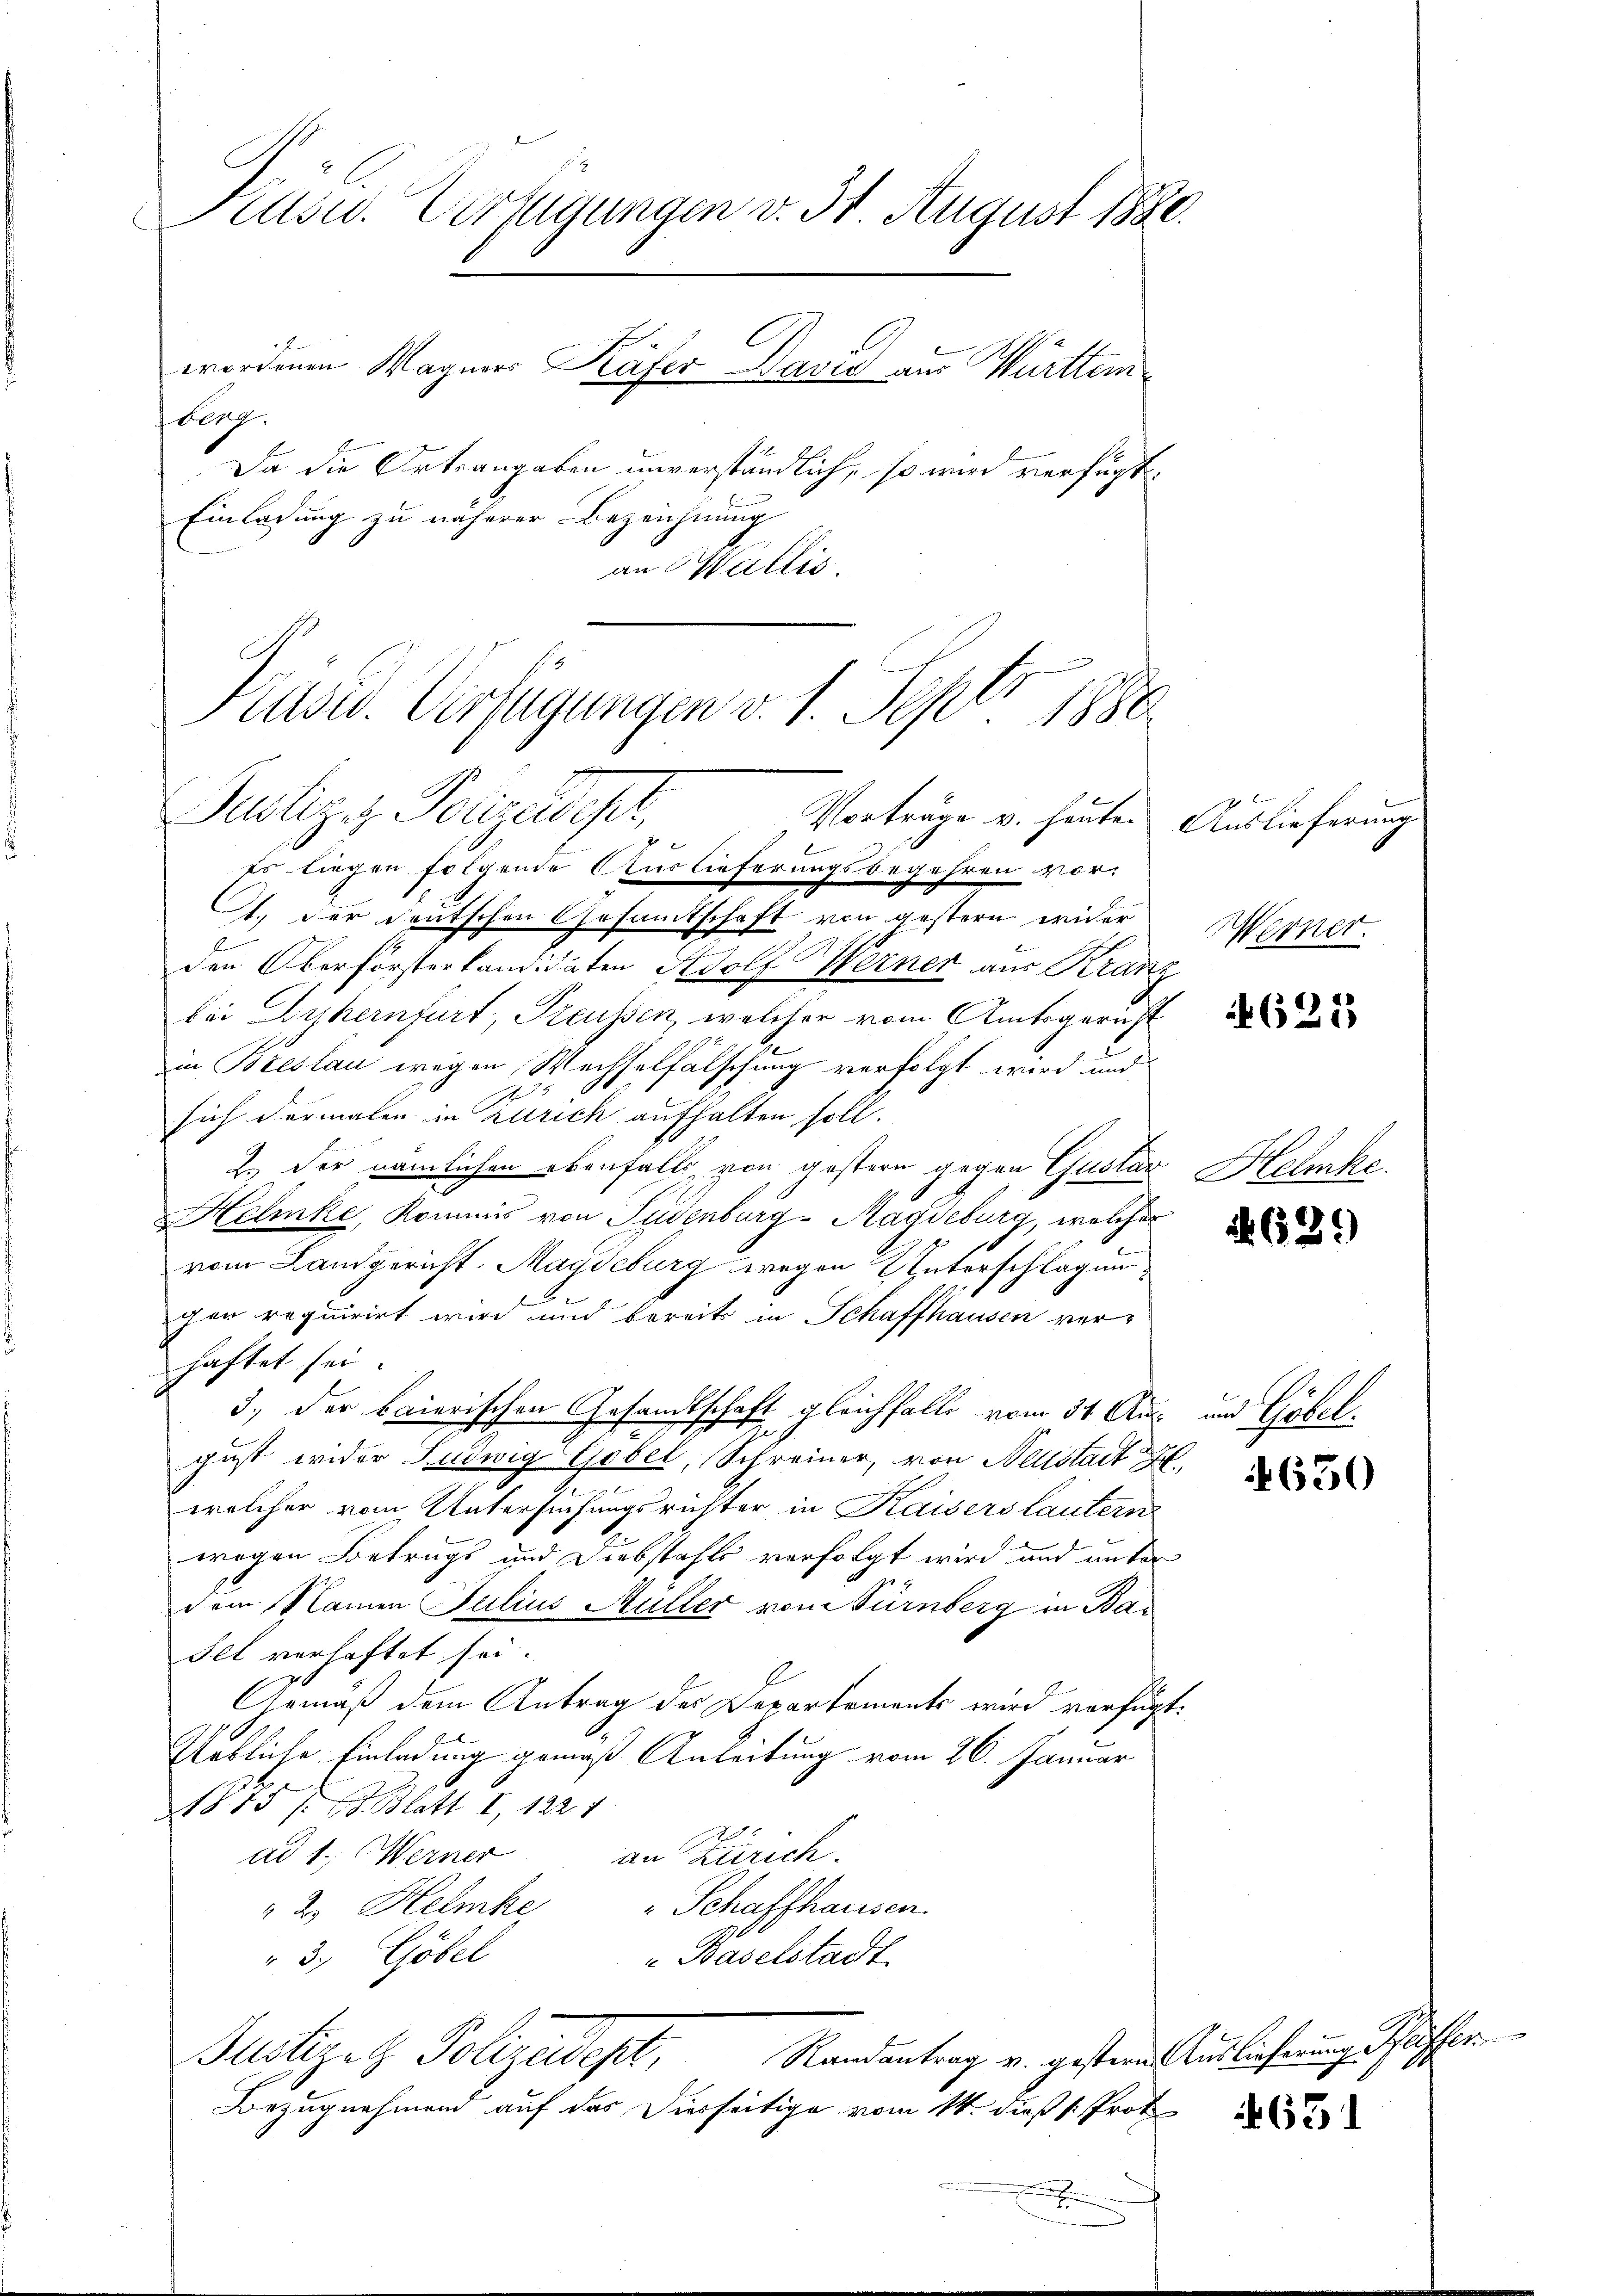
l
Kasu. Verfügungen v. 31 August 1880.
worden Wagners Käfer David aus Württembl19.
Da die Ortsangaben unverständlich, so wird verfügt:
Einladung zu näherer Bezeichnung

an Wallis

Pusw. Verfügungen v. 1. Sept. 1880
Publizis Polizeidest,
Vorträge v. heute.

Es liegen folgende Auslieferungsbegehren vor-
1.) Der deutschen Gesamtschaft von gestern wider
den Oberförsterkandidaten Adolf Werner aus Kranz
bei Dykernfurt, Preussen, welcher vom Amtsgericht
in Breslau wegen Wechselfälschung verfolgt wird und
A 3
sich dermalen in Zürich aufhalten soll.
2.) Der nämlichen ebenfalls von gestern gegen Gustav Helmke¬
Helmke, Kommis von Südenburg-Magdeburg, welcher
vom Landgericht Magdeburg wegen Unterschlagun
gen requirirt wird und bereits in Schaffhausen verhaftet sei
3, der baierischen Gesandtschaft gleichfalls vom 31. Ausgust wider Ludwig Gobel, Schreiner, von Neustadt da
.
h
welcher vom Untersuchungsrichter in Kaisers lautern
wegen Betrugs und Diebstahls verfolgt wird und unter
2
dem Namen Julius Müller vom Gurnberg in Ba¬
Fel verhaftet sei.
Gemäß dem Antrag des Departements wird verfüg
Uebliche Einladung gemäß Anleitung vom 26. Januar
1875 /d. Blatt I, 1221
an Zürich.
ad 1. (Werner
" Schaffhausen.
" 2. Helmhe
Baselstadt
3; Göbel
Randantrag v. gestern Auslieferung Pfeiffer
Justizit Polizeidept,
Bezugnahmend auf das Diesseitige vom 14. dieß v. Prot
.

Auslieferung
Werner.

4621

633.)

und Theilt.

4650

65